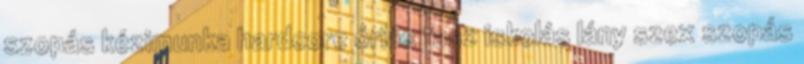
szopás kézimunka hardcore óriás fasz iskolás lány szex szopás